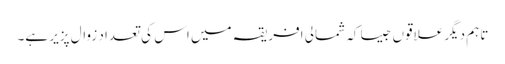
تاہم دیگر علاقوں جیسا کہ شمالی افریقہ میں اس کی تعداد زوال پزیر ہے۔